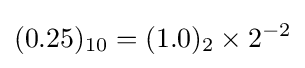
(0.25)_{10}=(1.0)_{2}\times 2^{-2}